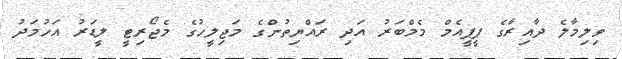
ވިލިމާލެ ދާއިރާގެ ޕީޕީއެމް މެމްބަރު އަދި ރައްޔިތުންގެ މަޖިލީހުގެ މެޖޯރިޓީ ލީޑަރު އަހުމަދު